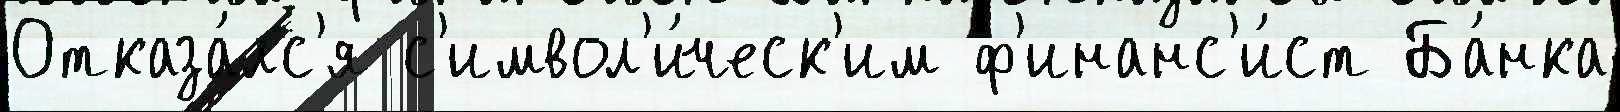
Отказа́лс'я с'имвол'и́ческ'им ф'инанс'и́ст Ба́нка